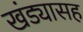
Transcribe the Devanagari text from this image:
खंड्यासह